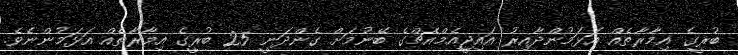
ބުރީގެ އިމާރާތެއް އަޅަމުންދާއިރު އައިޖީއެމްއެޗްގެ ބޭނުމަށް ގެންދަނީ 25 ބުރީގެ އިމާރާތެއް އަޅަމުންނެެވެ.